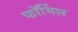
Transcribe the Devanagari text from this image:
फॉर्मिल